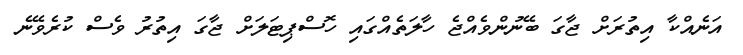
އަނެއްކާ އިތުރަށް ޖާގަ ބޭނުންވެއްޖެ ހާލަތެއްގައި ހޮސްޕިޓަލަށް ޖާގަ އިތުރު ވެސް ކުރެވޭނެ